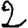
Digit: 2